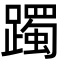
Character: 躅